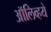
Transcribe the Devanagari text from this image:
ऑलिव्हये